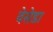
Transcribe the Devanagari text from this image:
वेसेडा